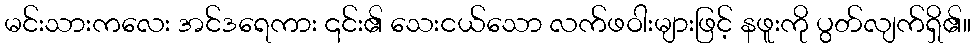
မင်းသားကလေး အင်ဒရေကား ၎င်း၏ သေးငယ်သော လက်ဖဝါးများဖြင့် နဖူးကို ပွတ်လျက်ရှိ၏။